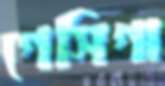
গেসিগা